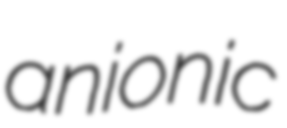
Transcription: anionic